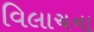
વિલાચના